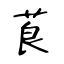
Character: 莨